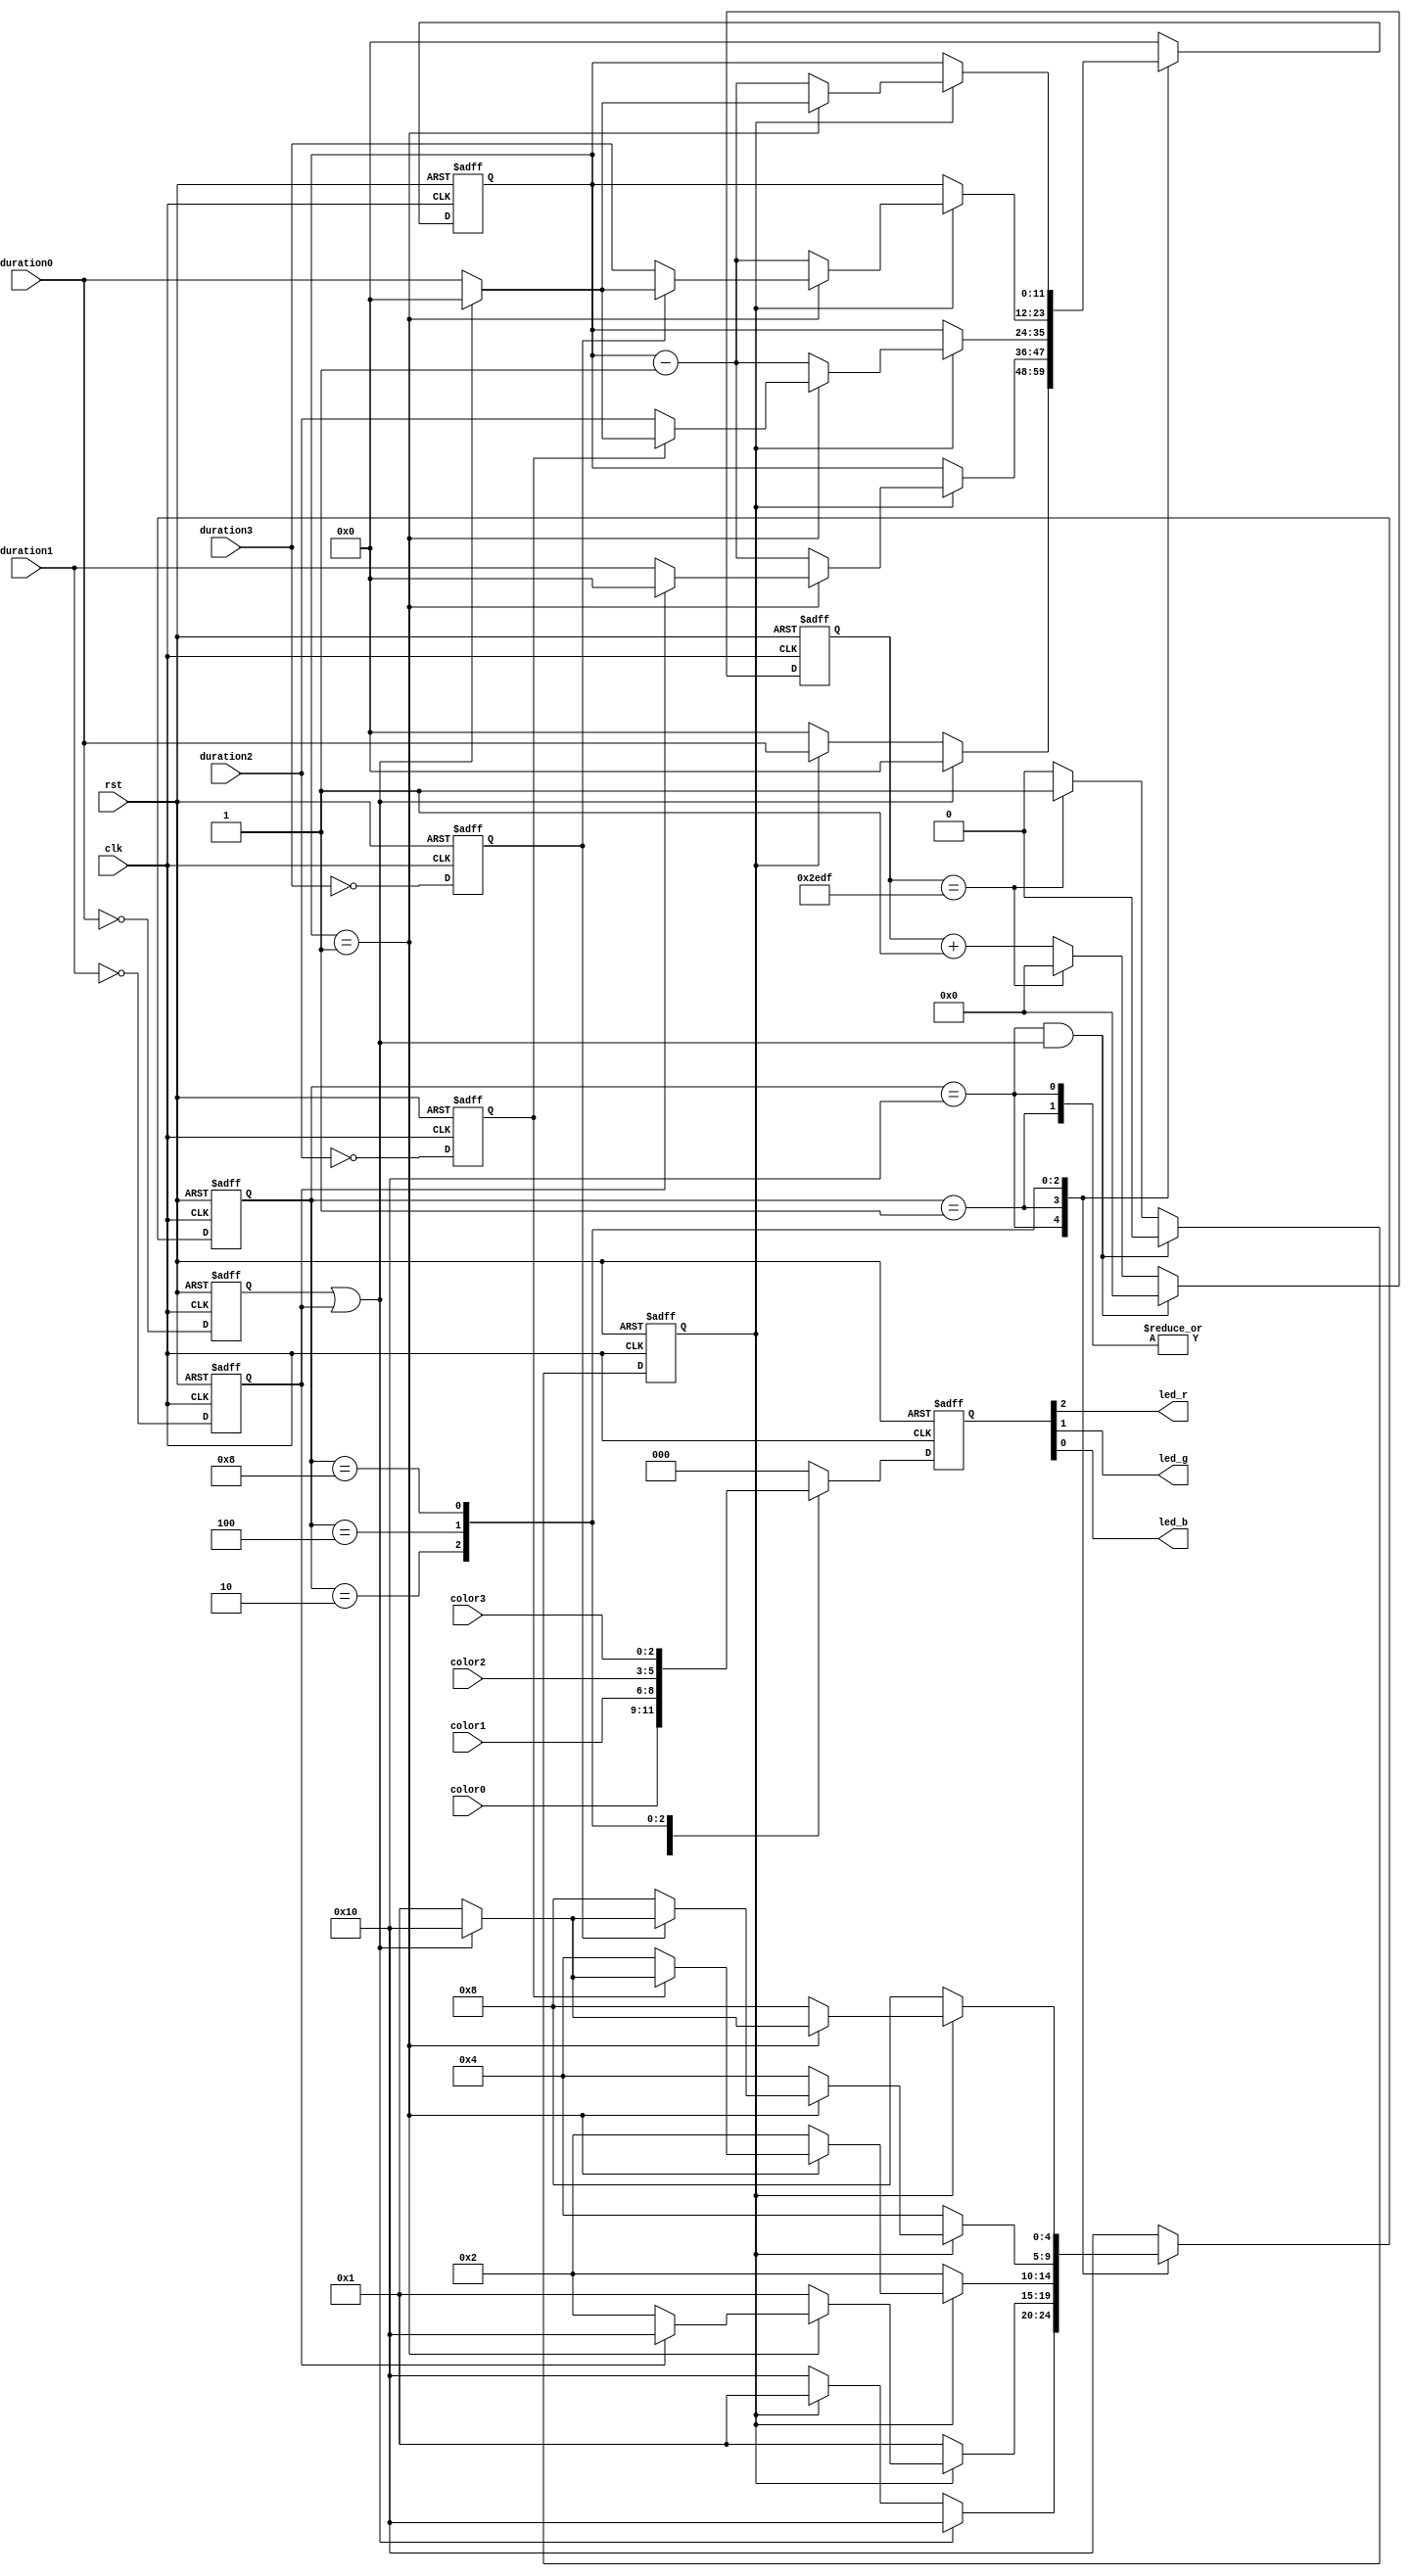
/* ----------------------------------------------------------------------------
LED_controller.v
LED controller for a 3-color LED.
Capable of driving a single color to the LED.
Capable of a 2, 3 or 4 stage blink pattern.
Capable of a PWM to create a blend of colors, and/or a dimmer version of
any color.
Contains a 4-stage sequencer, with a programmable color and time duration
for each stage.

Revision History:
----------------------------------------------------------------------------
2020.05.18 - Randy O. - initial version.
---------------------------------------------------------------------------- */


`timescale 1ns/1ns

module LED_controller (
    clk,
    rst,

    duration0,
    duration1,
    duration2,
    duration3,

    color0,
    color1,
    color2,
    color3,

    led_r,
    led_g,
    led_b
);

input           clk;
input           rst;

input   [11:0]  duration0;
input   [11:0]  duration1;
input   [11:0]  duration2;
input   [11:0]  duration3;

input   [2:0]   color0;
input   [2:0]   color1;
input   [2:0]   color2;
input   [2:0]   color3;

output          led_r;
output          led_g;
output          led_b;

parameter   [13:0]   TERMINAL_CNT_1MS = (12000-1);  // assume 12MHz (decimal) clock input

reg     [13:0]  timer_1ms_cnt;
reg             time_1ms;

reg             duration0is0;
reg             duration1is0;
reg             duration2is0;
reg             duration3is0;

reg     [11:0]  sequencer_cnt;
reg     [4:0]   sequencer_state;

localparam  [4:0]   SEQ_IDLE  = 5'h10;
localparam  [4:0]   SEQ_SLOT0 = 5'h01;
localparam  [4:0]   SEQ_SLOT1 = 5'h02;
localparam  [4:0]   SEQ_SLOT2 = 5'h04;
localparam  [4:0]   SEQ_SLOT3 = 5'h08;

reg     [2:0]   LED_color;


// decode duration = 0 to simplify other logic
always @(posedge rst or posedge clk)
    if (rst) begin
        duration0is0 <= 1;
        duration1is0 <= 1;
        duration2is0 <= 1;
        duration3is0 <= 1;
    end else begin
        duration0is0 <= (duration0 == 0);
        duration1is0 <= (duration1 == 0);
        duration2is0 <= (duration2 == 0);
        duration3is0 <= (duration3 == 0);
    end

// 1ms timer
always @(posedge rst or posedge clk)
    if (rst) begin
        timer_1ms_cnt <= 0;
        time_1ms <= 0;
    end else begin
        if ((sequencer_state == SEQ_IDLE) && (duration0is0 || duration1is0)) begin    // if duration0 or duration1 are zero, disable the timer
            timer_1ms_cnt <= 0;
            time_1ms <= 0;
        end else begin
            if (timer_1ms_cnt == TERMINAL_CNT_1MS) begin
                timer_1ms_cnt <= 0;
                time_1ms <= 1;
            end else begin
                timer_1ms_cnt <= timer_1ms_cnt + 1;
                time_1ms <= 0;
            end
        end
    end


// sequencer state machine
always @(posedge rst or posedge clk)
    if (rst) begin
        sequencer_cnt <= 0;
        sequencer_state <= SEQ_IDLE;
    end else begin
        case (sequencer_state)
            SEQ_IDLE  :
                        if (duration0is0 || duration1is0) begin             // remain in idle
                            sequencer_state <= SEQ_IDLE;
                            sequencer_cnt <= 0;
                        end else begin
                            if (time_1ms) begin                             // goto slot0
                                sequencer_state <= SEQ_SLOT0;
                                sequencer_cnt <= duration0;
                            end else begin                                  // wait for 1ms
                                sequencer_state <= SEQ_IDLE;
                                sequencer_cnt <= 0;
                            end
                        end

            SEQ_SLOT0 :
                        if (time_1ms) begin
                            if (sequencer_cnt == 1) begin                   // transition...
                                if (duration1is0) begin                     //      goto idle
                                    sequencer_state <= SEQ_IDLE;
                                    sequencer_cnt <= 0;
                                end else begin                              //      goto slot1
                                    sequencer_state <= SEQ_SLOT1;
                                    sequencer_cnt <= duration1;
                                end
                            end else begin                                  // decrement count
                                sequencer_state <= SEQ_SLOT0;
                                sequencer_cnt <= sequencer_cnt - 1;
                            end
                        end else begin                                      // wait for next 1ms
                            sequencer_state <= SEQ_SLOT0;
                            sequencer_cnt <= sequencer_cnt;
                        end

            SEQ_SLOT1 :
                        if (time_1ms) begin
                            if (sequencer_cnt == 1) begin                   // transition...
                                if (duration2is0) begin
                                    if (duration0is0 || duration1is0) begin //      goto idle
                                        sequencer_state <= SEQ_IDLE;
                                        sequencer_cnt <= 0;
                                    end else begin                          //      goto slot0
                                        sequencer_state <= SEQ_SLOT0;
                                        sequencer_cnt <= duration0;
                                    end
                                end else begin                              //      goto slot2
                                    sequencer_state <= SEQ_SLOT2;
                                    sequencer_cnt <= duration2;
                                end
                            end else begin                                  // decrement count
                                sequencer_state <= SEQ_SLOT1;
                                sequencer_cnt <= sequencer_cnt - 1;
                            end
                        end else begin                                      // wait for next 1ms
                            sequencer_state <= SEQ_SLOT1;
                            sequencer_cnt <= sequencer_cnt;
                        end

            SEQ_SLOT2 :
                        if (time_1ms) begin
                            if (sequencer_cnt == 1) begin                   // transition...
                                if (duration3is0) begin
                                    if (duration0is0 || duration1is0) begin //      goto idle
                                        sequencer_state <= SEQ_IDLE;
                                        sequencer_cnt <= 0;
                                    end else begin                          //      goto SLOT0
                                        sequencer_state <= SEQ_SLOT0;
                                        sequencer_cnt <= duration0;
                                    end
                                end else begin                              //      goto slot3
                                    sequencer_state <= SEQ_SLOT3;
                                    sequencer_cnt <= duration3;
                                end
                            end else begin                                  // decrement count
                                sequencer_state <= SEQ_SLOT2;
                                sequencer_cnt <= sequencer_cnt - 1;
                            end
                        end else begin                                      // wait for next 1ms
                            sequencer_state <= SEQ_SLOT2;
                            sequencer_cnt <= sequencer_cnt;
                        end

            SEQ_SLOT3 :
                        if (time_1ms) begin
                            if (sequencer_cnt == 1) begin                   // transition...
                                if (duration0is0 || duration1is0) begin     //      goto idle
                                    sequencer_state <= SEQ_IDLE;
                                    sequencer_cnt <= 0;
                                end else begin                              //      goto slot0
                                    sequencer_state <= SEQ_SLOT0;
                                    sequencer_cnt <= duration0;
                                end
                            end else begin                                  // decrement count
                                sequencer_state <= SEQ_SLOT3;
                                sequencer_cnt <= sequencer_cnt - 1;
                            end
                        end else begin                                      // wait for next 1ms
                            sequencer_state <= SEQ_SLOT3;
                            sequencer_cnt <= sequencer_cnt;
                        end

            default   : 
                        begin
                            sequencer_state <= SEQ_IDLE;
                            sequencer_cnt <= 0;
                        end
        endcase
    end



always @(posedge rst or posedge clk)
    if (rst)
        LED_color <= 0;
    else
        case (sequencer_state)
            SEQ_IDLE    : LED_color <= color0;
            SEQ_SLOT0   : LED_color <= color0;
            SEQ_SLOT1   : LED_color <= color1;
            SEQ_SLOT2   : LED_color <= color2;
            SEQ_SLOT3   : LED_color <= color3;
            default     : LED_color <= 0;
        endcase



assign led_r = LED_color[2];
assign led_g = LED_color[1];
assign led_b = LED_color[0];


endmodule